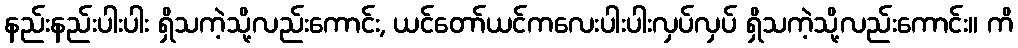
နည်းနည်းပါးပါး ရှိသကဲ့သို့လည်းကောင်း, ယင်တော်ယင်ကလေးပါးပါးလှပ်လှပ် ရှိသကဲ့သို့လည်းကောင်း။ ကိ